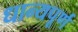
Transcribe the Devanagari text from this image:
धान्यपूर्ण